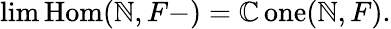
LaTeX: \operatorname*{lim}\operatorname{Hom}(\mathbb{N},F-)=\operatorname{\mathbb{C}one}(\mathbb{N},F).